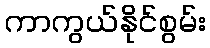
ကာကွယ်နိုင်စွမ်း